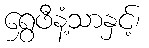
ရွှေဖီနံ့သာနှင့်၊